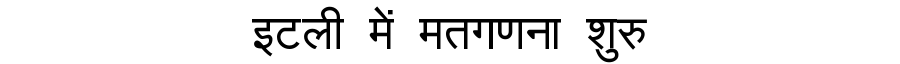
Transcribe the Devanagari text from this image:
इटली में मतगणना शुरु